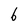
Character: 6